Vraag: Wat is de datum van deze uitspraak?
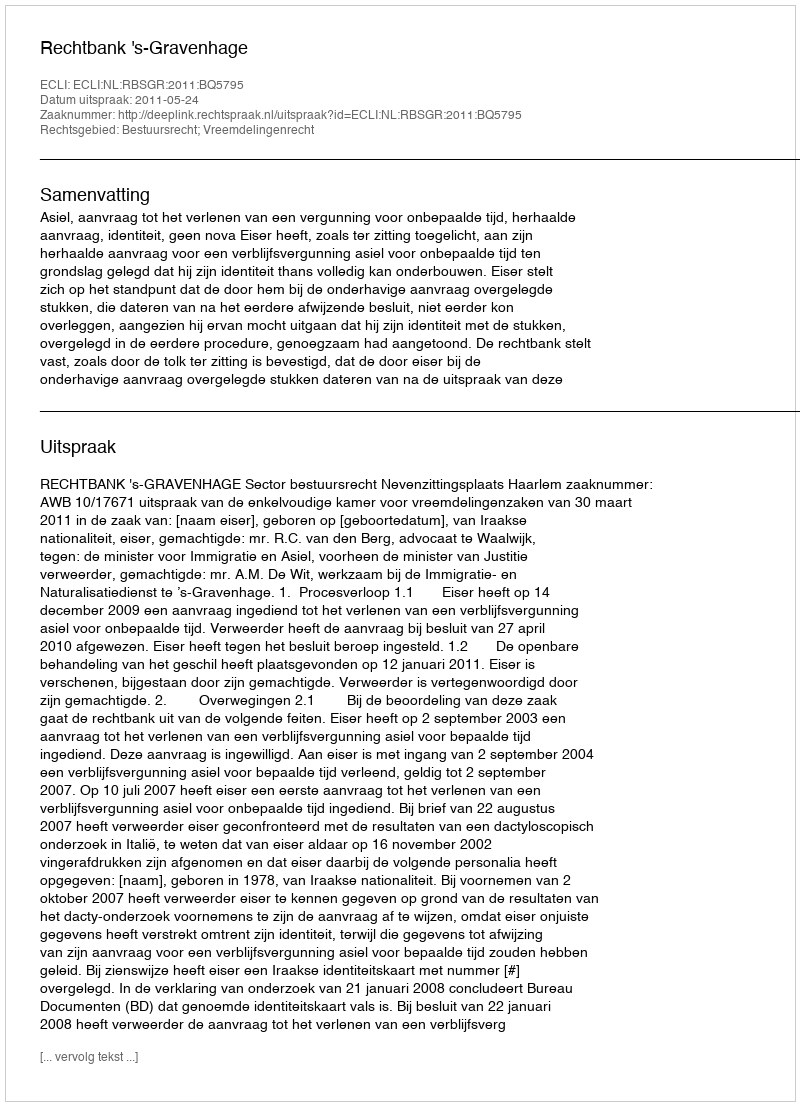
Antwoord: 2011-05-24